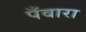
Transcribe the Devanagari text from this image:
पँवारा